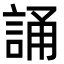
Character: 誦